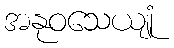
အနုဝသေယျုံ